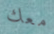
معك